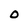
Character: 0